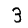
Digit: 3